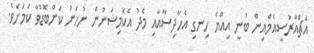
އެޗްއާރުސީއެމްއިން ބުނީ އިއްޔެ ހިނގި އެހާދިސާއާއި މެދު އެކޮމިޝަނުން ނުހަނު ކަންބޮޑުވާ ކަމަށެވެ.